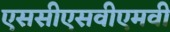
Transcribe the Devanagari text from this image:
एससीएसवीएमवी